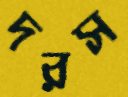
দরস